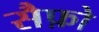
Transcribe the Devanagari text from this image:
सैफ़ो